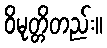
ဝိမုတ္တိတည်း။